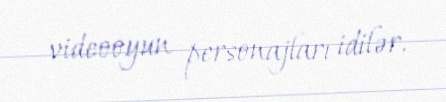
videooyun personajları idilər.